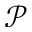
\mathcal { P }